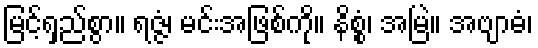
မြင့်ရှည်စွာ။ ရဇ္ဇံ၊ မင်းအဖြစ်ကို။ နိစ္စံ၊ အမြဲ။ အဗျာဓံ၊